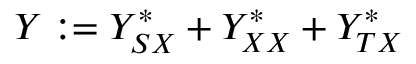
Y : = Y _ { S X } ^ { \ast } + Y _ { X X } ^ { \ast } + Y _ { T X } ^ { \ast }